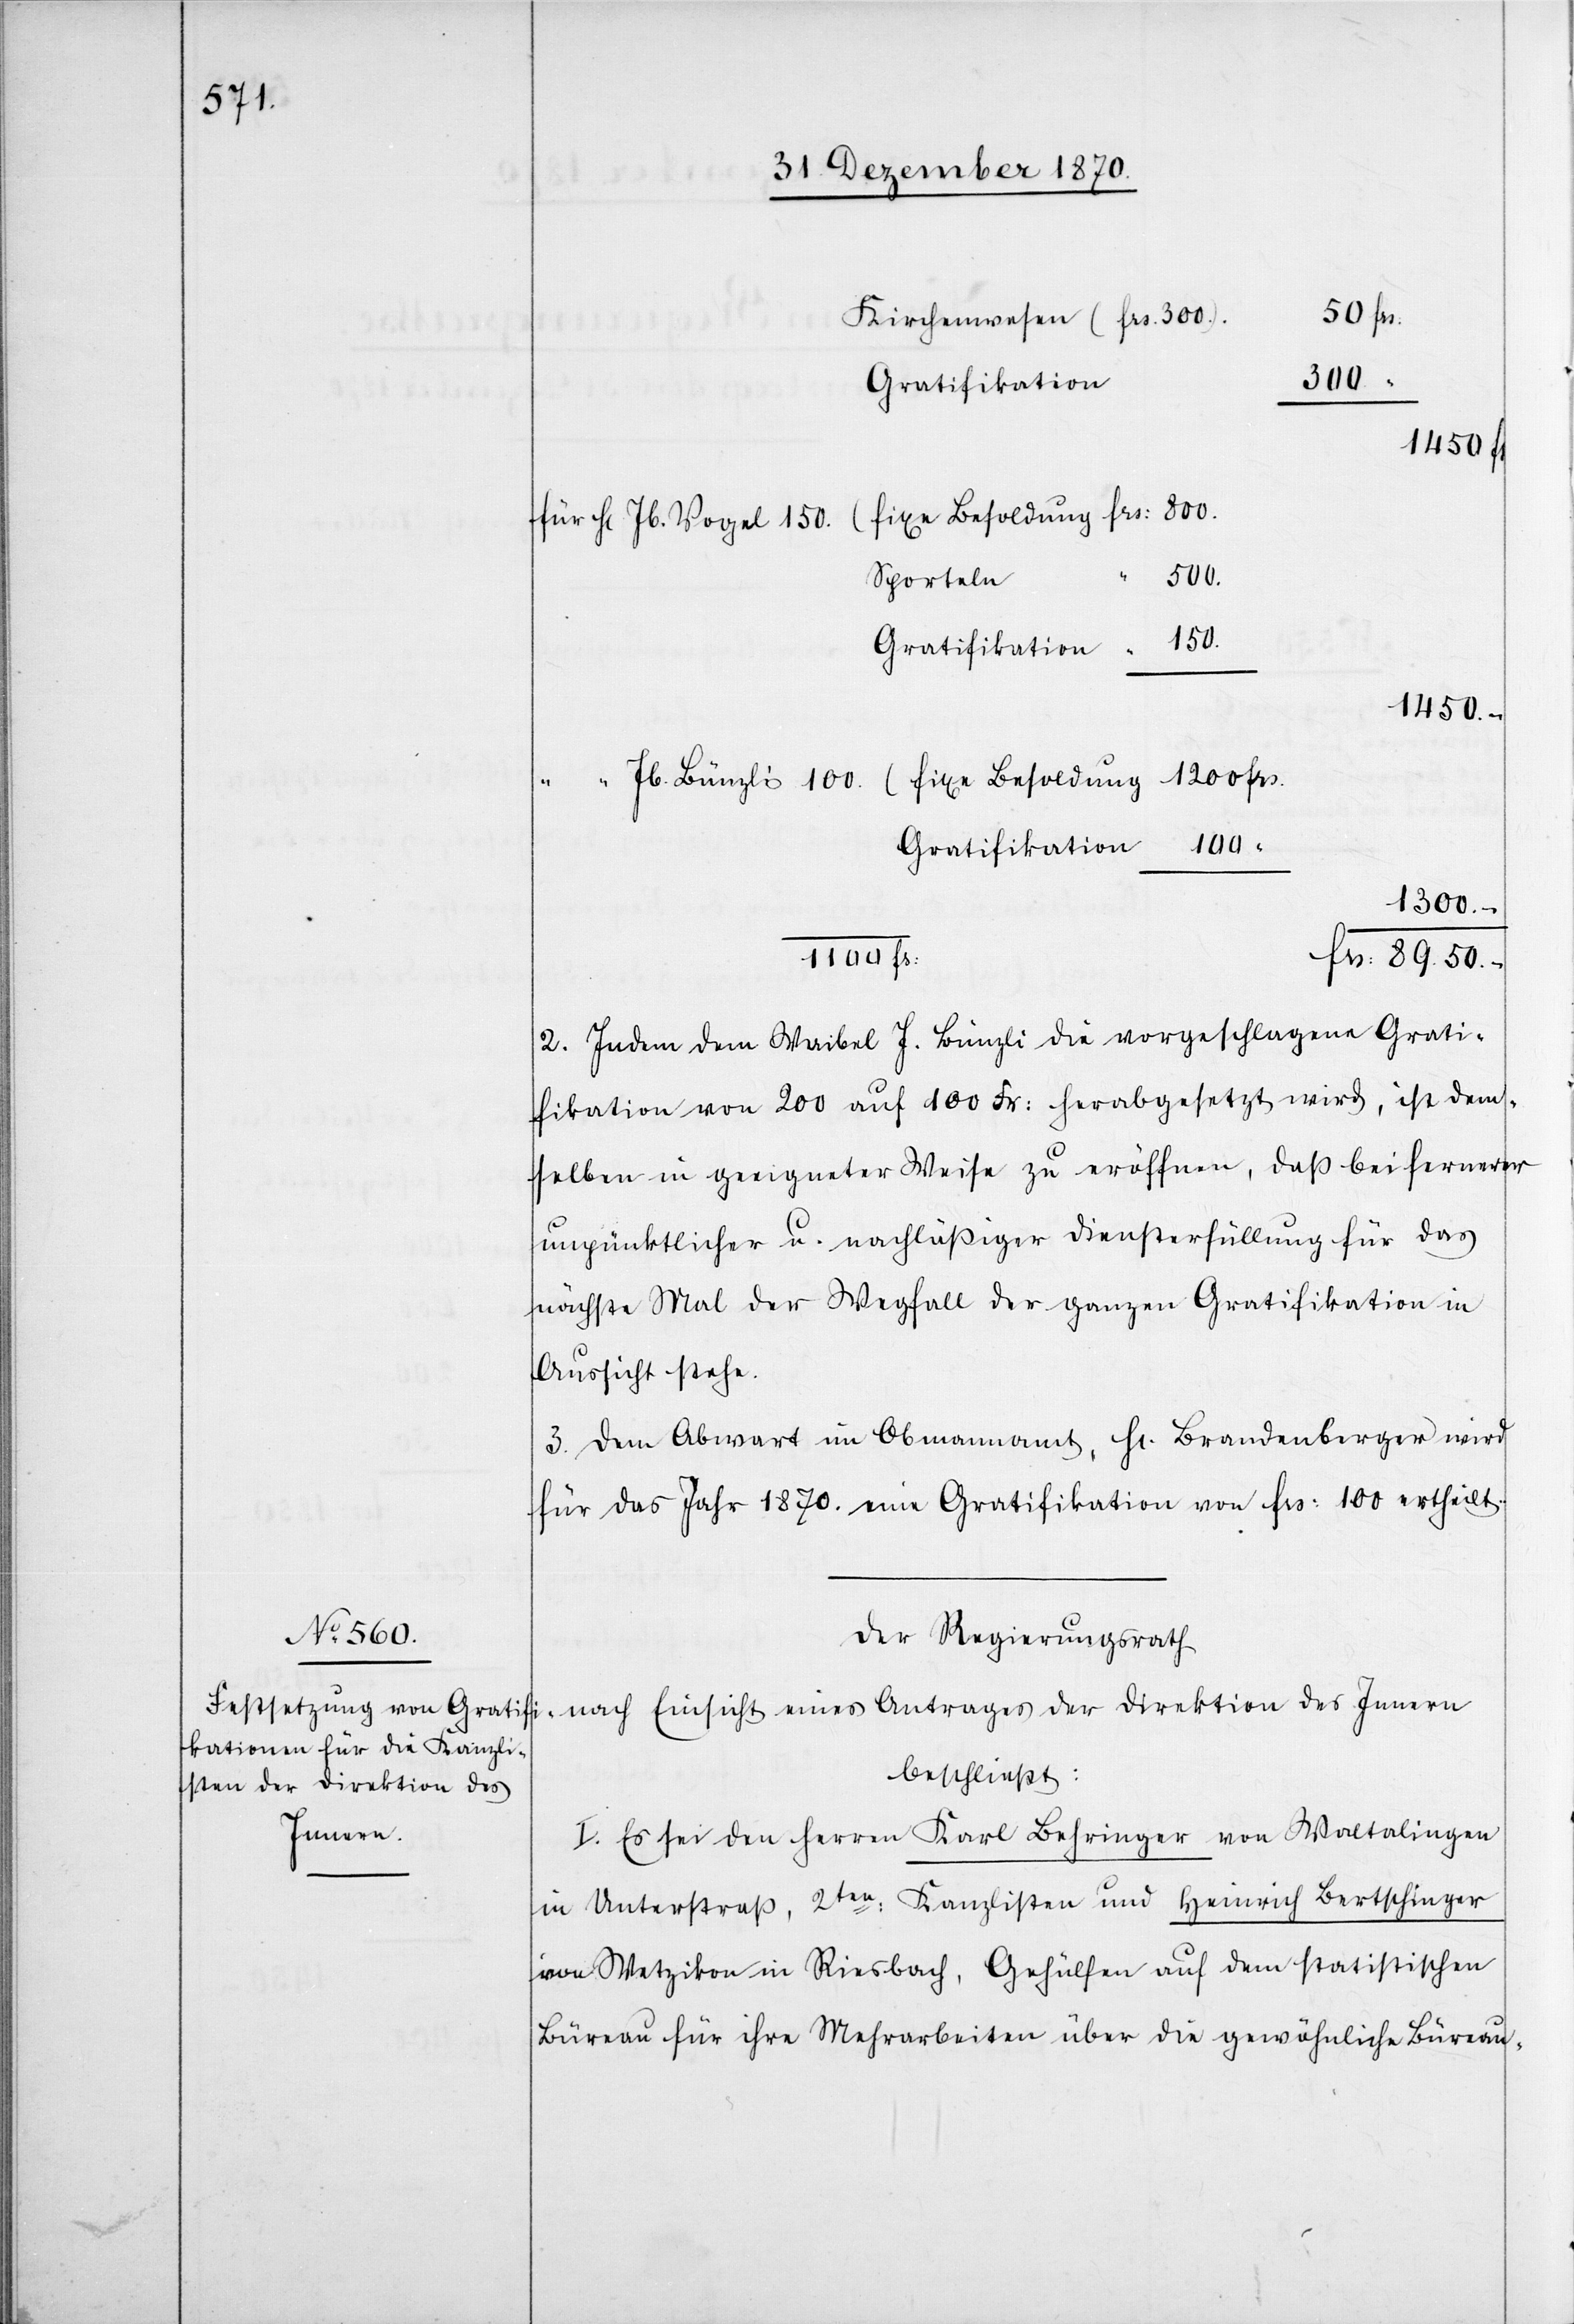
Kirchenwesen (Frs. 300)
800
Gratifikation
500.
1450.–
1100
1300.–
2. Indem dem Waibel J. Bünzli die vorgeschlagene Grati¬
fikation 200 auf 100 Fr: herabgesetzt wird, ist dem¬
selben in geeigneter Weise zu eröffnen, daß bei fernerer
unpünktlicher u. nachlässiger Diensterfüllung für das
nächste Mal der Wegfall der ganzen Gratifikation in
Aussicht stehe.
3. Dem Abwart im Obmannamt, H[errn] Brandenberger wird
für das Jahr 1870. eine Gratifikation von Frs: 100 ertheilt.
Der Regierungsrath
nach Einsicht eines Antrages der Direktion des Innern
beschließt:
I. Es sei den Herren Karl Behringer von Waltalingen
in Unterstraß, 2ten: Kanzlisten und Heinrich Bertschinger
von Wetzikon in Riesbach, Gehülfen auf dem statistischen
Büreau für ihre Mehrarbeiten über die gewöhnliche Büreau-